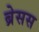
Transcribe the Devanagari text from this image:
ब्रेसस